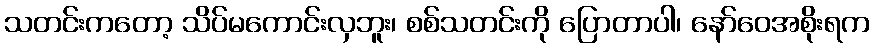
သတင်းကတော့ သိပ်မကောင်းလှဘူး၊ စစ်သတင်းကို ပြောတာပါ၊ နော်ဝေအစိုးရက